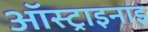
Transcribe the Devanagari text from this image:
ऑस्ट्राइनाइ